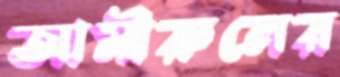
আমীরুলের